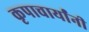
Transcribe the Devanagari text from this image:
कृपाचार्यांनी